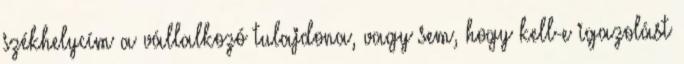
székhelycím a vállalkozó tulajdona, vagy sem, hogy kell-e igazolást